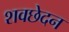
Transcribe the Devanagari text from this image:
शवछेदन